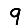
Digit: 9